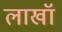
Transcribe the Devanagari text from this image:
लाखॉ